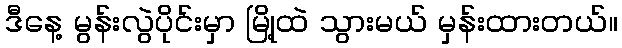
ဒီနေ့ မွန်းလွဲပိုင်းမှာ မြို့ထဲ သွားမယ် မှန်းထားတယ်။